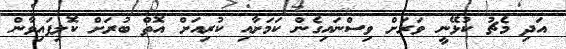
އަދި މެޗު ކުޅޭނީ ވަރަށް ވިސްނައިގެން ކަމަށާއި ކުރިއަށް އޮތް ބުރަށް ކޮލިފައިވާން